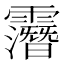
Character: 𲊏